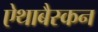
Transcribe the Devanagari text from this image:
ऐथाबैस्कन